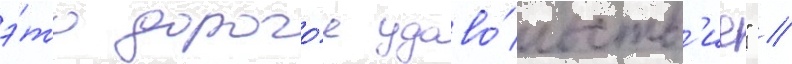
э́то дорого́е удово́льств'ие" //